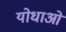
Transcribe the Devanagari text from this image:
योधाओं